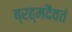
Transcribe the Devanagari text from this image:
ब्रह्मदैवतं